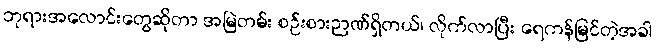
ဘုရားအလောင်းတွေဆိုတာ အမြဲတမ်း စဉ်းစားဉာဏ်ရှိတယ်၊ လိုက်လာပြီး ရေကန်မြင်တဲ့အခါ